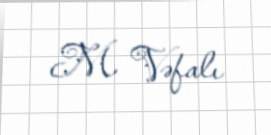
M. Vəfalı